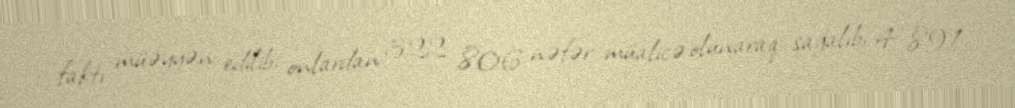
faktı müəyyən edilib, onlardan 322 806 nəfər müalicə olunaraq sağalıb, 4 891